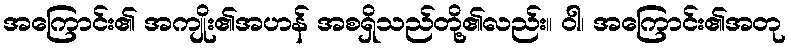
အကြောင်း၏ အကျိုး၏အဟန် အစရှိသည်တို့၏လည်း။ ဝါ၊ အကြောင်း၏အတု